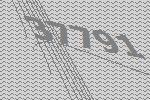
37791